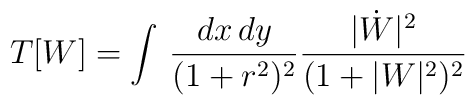
T[W] = \int\, \frac{dx\, dy}{(1+r^{2})^{2}}\frac{|\dot{W}|^{2}}{(1+|W|^{2})^{2}}